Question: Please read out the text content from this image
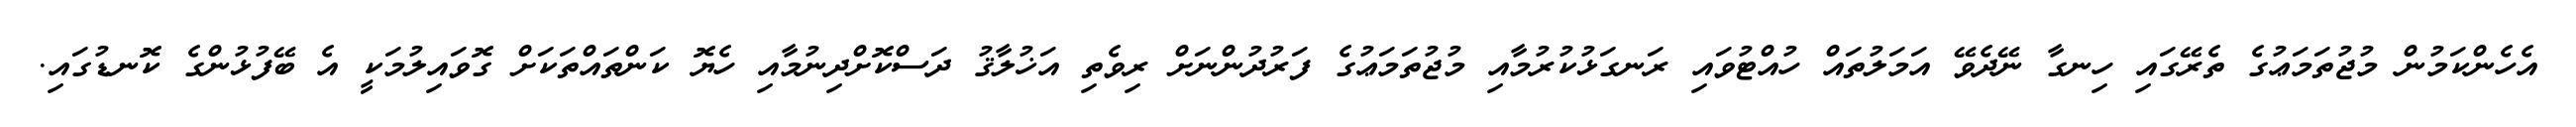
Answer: އެހެންކަމުން މުޖުތަމަޢުގެ ތެރޭގައި ހިނގާ ނޭދެވޭ އަމަލުތައް ހުއްޓުވައި ރަނގަޅުކުރުމާއި މުޖުތަމަޢުގެ ފަރުދުންނަށް ރިވެތި އަޚުލާޤު ދަސްކޮށްދިނުމާއި ހެޔޮ ކަންތައްތަކަށް ގޮވައިލުމަކީ އެ ބޭފުޅުންގެ ކޮނޑުގައި.